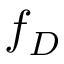
f _ { D }